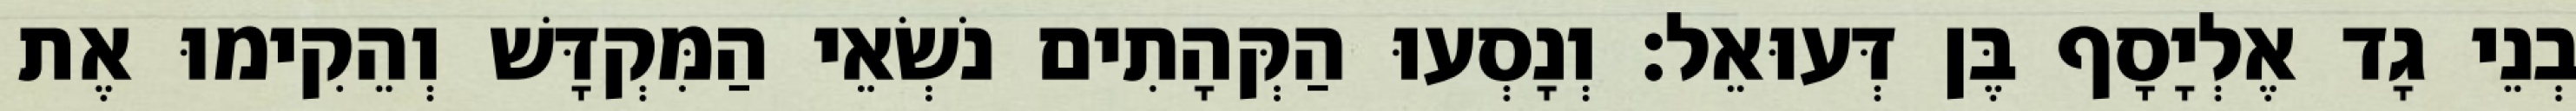
בְנֵי גָד אֶלְיָסָף בֶּן דְּעוּאֵל׃ וְנָסְעוּ הַקְּהָתִים נֹשְׂאֵי הַמִּקְדָּשׁ וְהֵקִימוּ אֶת